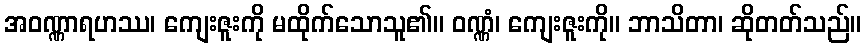
အဝဏ္ဏာရဟဿ၊ ကျေးဇူးကို မထိုက်သောသူ၏။ ဝဏ္ဏံ၊ ကျေးဇူးကို။ ဘာသိတာ၊ ဆိုတတ်သည်။